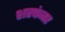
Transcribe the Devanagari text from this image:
शरपंजर